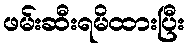
ဖမ်းဆီးရမိထားပြီး